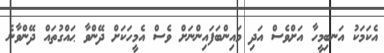
އެކަމަކު އަނބިމީހާ އަށްވެސް އަދި މައިންބަފައިންނަށް ވެސް އެމީހަކަށް ދޭންވާ ޙައްގުތައް ދޭންވާނެ